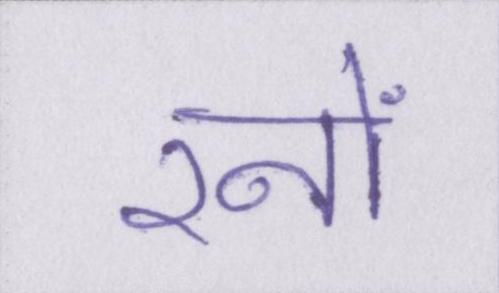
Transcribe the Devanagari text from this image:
रनों